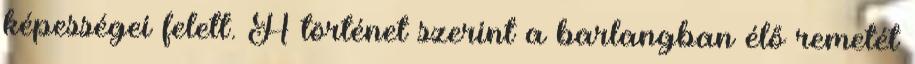
képességei felett. A történet szerint a barlangban élő remetét